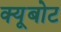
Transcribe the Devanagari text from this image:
क्यूबोट